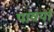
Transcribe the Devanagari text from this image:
पायर्या